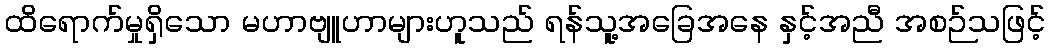
ထိရောက်မှုရှိသော မဟာဗျူဟာများဟူသည် ရန်သူ့အခြေအနေ နှင့်အညီ အစဉ်သဖြင့်